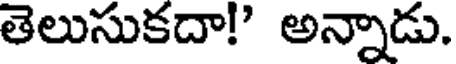
తెలుసుకదా!' అన్నాడు.